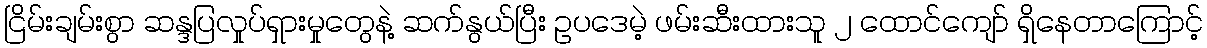
ငြိမ်းချမ်းစွာ ဆန္ဒပြလှုပ်ရှားမှုတွေနဲ့ ဆက်နွယ်ပြီး ဥပဒေမဲ့ ဖမ်းဆီးထားသူ ၂ ထောင်ကျော် ရှိနေတာကြောင့်